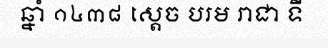
ឆ្នាំ ១៤៣៨ ស្តេច បរម រាជា ទី